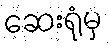
ဆေးရုံမှ